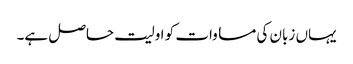
یہاں زبان کی مساوات کو اولیت حاصل ہے۔